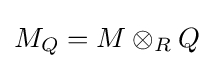
M_{Q}=M\otimes _{R}Q